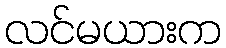
လင်မယားက